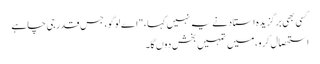
کسی بھی برگزیدہ استاد نے یہ نہیں کہا، "اے لوگو، جس قدر جی چاہے
استحصال کرو، میں تمہیں بخش دوں گا۔